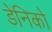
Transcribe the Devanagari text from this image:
डेनिको